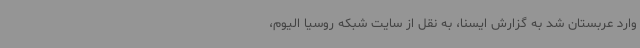
وارد عربستان شد به گزارش ایسنا، به نقل از سایت شبکه روسیا الیوم،